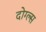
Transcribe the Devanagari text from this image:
दोग्ल्स